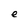
Character: e